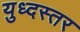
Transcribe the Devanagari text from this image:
युध्दस्तर